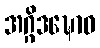
အဂ္ဂိဒဍ္ဎောဝ